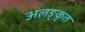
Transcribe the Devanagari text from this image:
अलङ्कृत